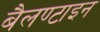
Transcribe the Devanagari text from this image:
बैलण्टाइन